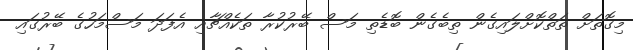
މިގޮތަށް ތަތްކޮށްލައިގެން ތިބެގެން ބޮޑެތި މަސް ބޭރުކުރާ ތަކެއްޗާއި އެފަދަ މަސްމަހުގެ ބޭރުގައި